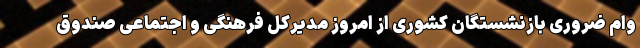
وام ضروری بازنشستگان کشوری از امروز مدیرکل فرهنگی و اجتماعی صندوق